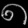
Digit: ၈